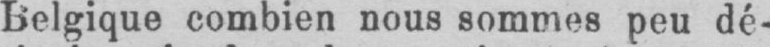
Belgique combien nous sommes peu dé-